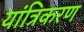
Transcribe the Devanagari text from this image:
यांत्रिकरण